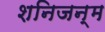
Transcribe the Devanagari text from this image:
शनिजन्म